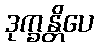
ဒုက္ခန္တိပေ